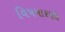
વિષમારણો